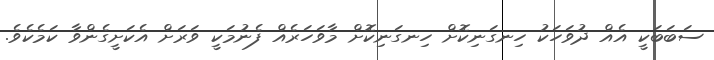
ސަބަބަކީ އެއް ދުވަހަކު ހިނގަނިކޮށް ހިނގަނިކޮށް މާވަހަރެއް ފެނުމަކީ ވަރަށް އެކަށީގެންވާ ކަމެކެވެ.